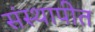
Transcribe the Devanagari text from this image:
संस्थापीत